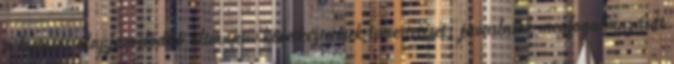
a kutatás alapján előálló alternatív következtetések ismertetését; javaslatok megfogalmazását